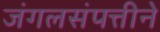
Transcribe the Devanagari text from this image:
जंगलसंपत्तीने